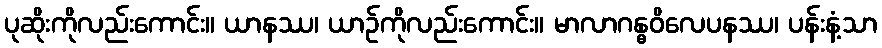
ပုဆိုးကိုလည်းကောင်း။ ယာနဿ၊ ယာဉ်ကိုလည်းကောင်း။ မာလာဂန္ဓဝိလေပနဿ၊ ပန်းနံ့သာ